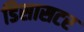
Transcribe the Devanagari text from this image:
डिसासटर